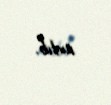
artıb.